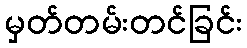
မှတ်တမ်းတင်ခြင်း